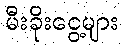
မီးခိုးငွေ့များ